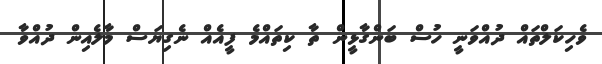
ވެހިކަލްތައް ދުއްވަނީ ހުސް ބަންގާޅީން ތާ ކިތައްމެ ފީއެއް ނެގިޔަސް މާލެއިން ދުއްވާ